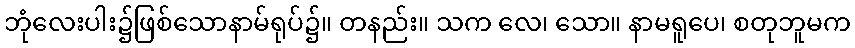
ဘုံလေးပါး၌ဖြစ်သောနာမ်ရုပ်၌။ တနည်း။ သက လေ၊ သော။ နာမရူပေ၊ စတုဘူမက